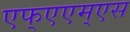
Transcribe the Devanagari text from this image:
एफ्‌एएम्‌एस